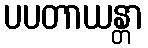
ပပတာယန္တာ